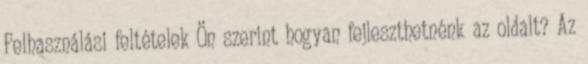
Felhasználási feltételek Ön szerint hogyan fejleszthetnénk az oldalt? Az